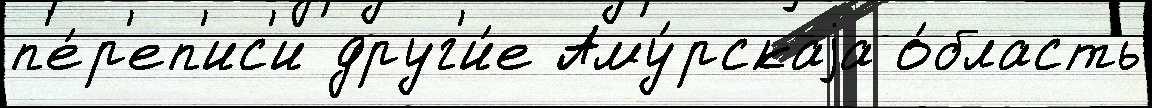
п'е́р'еп'ис'и друг'и́е Аму́рскаjа о́бласть